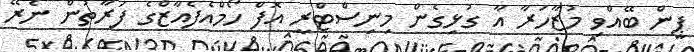
ޕީން ބޭއްވި މުޒާހަރާ އާ ގުޅިގެން މިނިސްޓްރީ އޮފް ހޯމްއެފެއާޒްގެ ފަރާތުން ނެރޭ